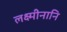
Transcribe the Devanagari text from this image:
लक्ष्मीनानि